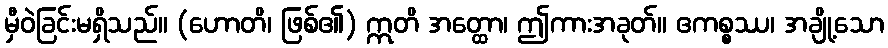
မှီဝဲခြင်းမရှိသည်။ (ဟောတိ၊ ဖြစ်၏) ဣတိ အတ္ထော၊ ဤကားအခုတ်။ ဧကစ္စဿ၊ အချို့သော